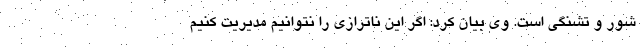
شور و تشنگی است. وی بیان کرد: اگر این ناترازی را نتوانیم مدیریت کنیم